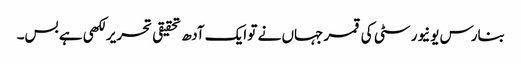
بنارس یونیورسٹی کی قمر جہاں نے تو ایک آدھ تحقیقی تحریر لکھی ہے بس۔